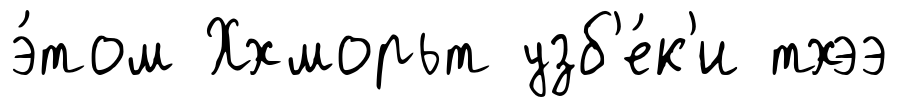
э́том Ххморьт узб'е́к'и тхээ